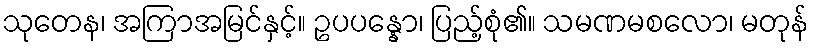
သုတေန၊ အကြာအမြင်နှင့်။ ဥပပန္နော၊ ပြည့်စုံ၏။ သမဏမစလော၊ မတုန်